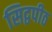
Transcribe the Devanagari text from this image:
सिद्वपीठ